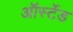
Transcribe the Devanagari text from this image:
ऑर्स्टेड